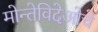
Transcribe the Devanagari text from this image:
मोन्तेविदेओचे